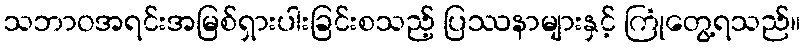
သဘာဝအရင်းအမြစ်ရှားပါးခြင်းစသည့် ပြဿနာများနှင့် ကြုံတွေ့ရသည်။